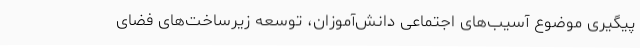
پیگیری موضوع آسیب‌های اجتماعی دانش‌آموزان، توسعه زیرساخت‌های فضای